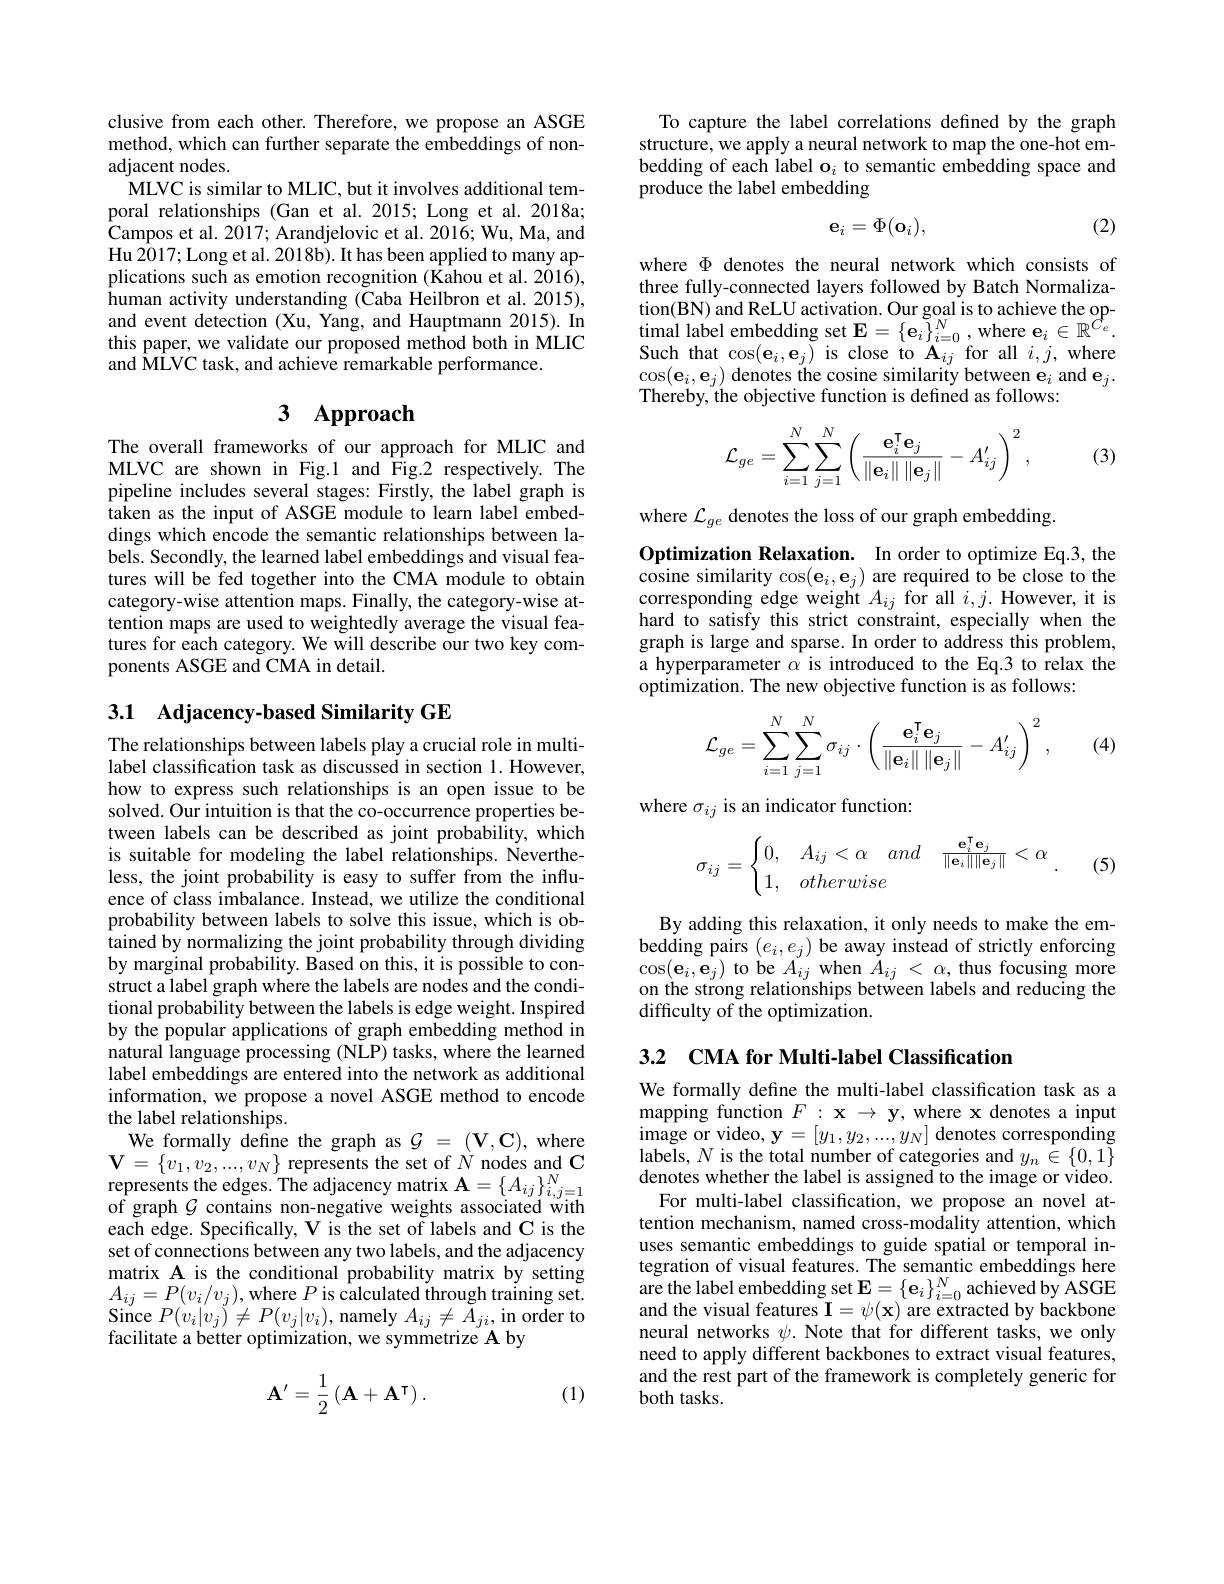
clusive from each other. Therefore, we propose an ASGE method, which can further separate the embeddings of nonadjacent nodes.
MLVC is similar to MLIC, but it involves additional temporal relationships (Gan et al.2015; Long et al.2018a; $\dot{\text{Campos et al. 2017; Arandjelovic et al. 2016; Wu, Ma, and}}$ Hu 2017; Long et al. 2018b). It has been applied to many applications such as emotion recognition (Kahou et al. 2016), human activity understanding (Caba Heilbron et al. 2015), and event detection (Xu, Yang, and Hauptmann 2015). In this paper, we validate our proposed method both in MLIC and MLVC task, and achieve remarkable performance.

# 3 Approach

The overall frameworks of our approach for MLIC and MLVC are shown in Fig.1 and Fig.2 respectively. The pipeline includes several stages: Firstly, the label graph is taken as the input of ASGE module to learn label embeddings which encode the semantic relationships between labels. Secondly, the learned label embeddings and visual features will be fed together into the CMA module to obtain category-wise attention maps. Finally, the category-wise attention maps are used to weightedly average the visual features for each category. We will describe our two key components ASGE and CMA in detail.

## 3.1 Adjacency-based Similarity GE

The relationships between labels play a crucial role in multilabel classification task as discussed in section 1. However, how to express such relationships is an open issue to be solved. Our intuition is that the co-occurrence properties between labels can be described as joint probability, which is suitable for modeling the label relationships. Nevertheless, the joint probability is easy to suffer from the influence of class imbalance. Instead, we utilize the conditional probability between labels to solve this issue, which is obtained by normalizing the joint probability through dividing by marginal probability. Based on this, it is possible to construct a label graph where the labels are nodes and the conditional probability between the labels is edge weight. Inspired by the popular applications of graph embedding method in natural language processing (NLP) tasks, where the learned label embeddings are entered into the network as additional information, we propose a novel ASGE method to encode the label relationships.
We formally define the graph as $\mathcal{G}=(\mathbf{V},\mathbf{C})$, where $\mathbf{V}=\{v_{1},v_{2},...,v_{N}\}$ represents the set of $N$ nodes and C represents the edges. The adjacency matrix $\mathbf{A}=\{A_{ij}\}_{i,j=1}^N$ of graph $\mathcal{G}$ contains non-negative weights associated with each edge. Specifically, V is the set of labels and C is the set of connections between any two labels, and the adjacency matrix A is the conditional probability matrix by setting $A_{ij}=P(v_{i}/v_{j})$,where $P$ is calculated through training set. $\mathop{\mathrm{Since~}}P(v_{i}|v_{j})\neq P(v_{j}|v_{i})$,namely $A_ij\neq\tilde{A}_{ji}$,in order to facilitate a better optimization, we symmetrize A by
$$\mathbf{A}^{\prime}=\frac{1}{2}\left(\mathbf{A}+\mathbf{A}^{\intercal}\right).$$
(1)

To capture the label correlations defined by the graph structure, we apply a neural network to map the one-hot embedding of each label o$_i$ to semantic embedding space and produce the label embedding

(2)
$$\mathbf{e}_i=\Phi(\mathbf{o}_i),$$
where $\Phi$ denotes the neural network which consists of three fully-connected layers followed by Batch Normalization(BN) and ReLU activation. Our goal is to achieve the optimal label embedding set $\mathbf{E}=\{\mathbf{e}_{i}\}_{i=0}^{N}$,where $\mathbf{e}_i\in\mathbb{R}^{C_e}.$ Such that $\cos(\mathbf{e}_i,\mathbf{e}_j)$ is close to A$_ij$ for all $i,j$,where $\cos(\mathbf{e}_{i},\mathbf{e}_{j})$ denotes the cosine similarity between $\mathbf{e}_i$ and $\mathbf{e}_j.$ Thereby, the objective function is defined as follows:
$$\mathcal{L}_{ge}=\sum_{i=1}^{N}\sum_{j=1}^{N}\left(\frac{\mathbf{e}_{i}^{\mathsf{T}}\mathbf{e}_{j}}{\left\|\mathbf{e}_{i}\right\|\left\|\mathbf{e}_{j}\right\|}-A_{ij}^{\prime}\right)^{2},$$
(3)

where $\mathcal{L}_{ge}$ denotes the loss of our graph embedding
Optimization Relaxation. In order to optimize Eq.3, the $\bar{\text{cosine similarity}}\cos(\mathbf{e}_{i},\mathbf{e}_{j})$ are required to be close to the corresponding edge weight $A_{ij}$ for all $i,j.$ However, it ishard to satisfy this strict constraint, especially when the graph is large and sparse. In order to address this problem, a hyperparameter $\alpha$ is introduced to the Eq.3 to relax the optimization. The new objective function is as follows:
$$\mathcal{L}_{ge}=\sum_{i=1}^{N}\sum_{j=1}^{N}\sigma_{ij}\cdot\left(\frac{\mathbf{e}_{i}^{\mathsf{T}}\mathbf{e}_{j}}{\left\|\mathbf{e}_{i}\right\|\left\|\mathbf{e}_{j}\right\|}-A_{ij}^{\prime}\right)^{2},$$
(4)

where $\sigma_ij$ is an indicator function:
$$\sigma_{ij}=\begin{cases}0,&A_{ij}<\alpha\quad and\quad\frac{\mathbf{e}_i^\intercal\mathbf{e}_j}{\|\mathbf{e}_i\|\|\mathbf{e}_j\|}<\alpha\\1,&otherwise\end{cases}.$$
(5)

By adding this relaxation, it only needs to make the embedding pairs $(e_i,e_j)$ be away instead of strictly enforcing $\cos(\mathbf{e}_{i},\mathbf{e}_{j})$ to be $A_ij$ when $\dot{A}_{ij}<\alpha$, thus focusing more on the strong relationships between labels and reducing the difficulty of the optimization.

3.2 CMA for Multi-label Classification

We formally define the multi-label classification task as a mapping function $F:\mathbf{x}\to\mathbf{y}$, where x denotes a input image or video, $\mathbf{y}=[y_1,y_2,...,y_N]$ denotes corresponding labels, $N$ is the total number of categories and $y_n\in\{0,1\}$ denotes whether the label is assigned to the image or video.
For multi-label classification, we propose an novel attention mechanism, named cross-modality attention, which uses semantic embeddings to guide spatial or temporal integration of visual features. The semantic embeddings here $\begin{array}{l}{\mathrm{are~the~label~embedding~set~E=\{e_{i}\}_{i=0}^{N}achieved~by~ASGE}}\\{\mathrm{and~the~visual~features~I=\psi(x)~are~extracted~by~backbone}}\end{array}$ neural networks $\psi.$ Note that for different tasks, we only need to apply different backbones to extract visual features, and the rest part of the framework is completely generic for both tasks.